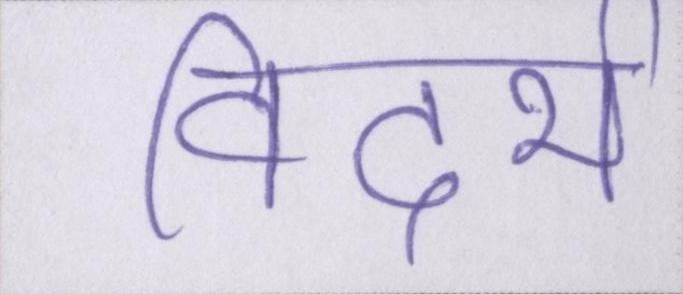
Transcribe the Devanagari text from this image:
विदर्भ